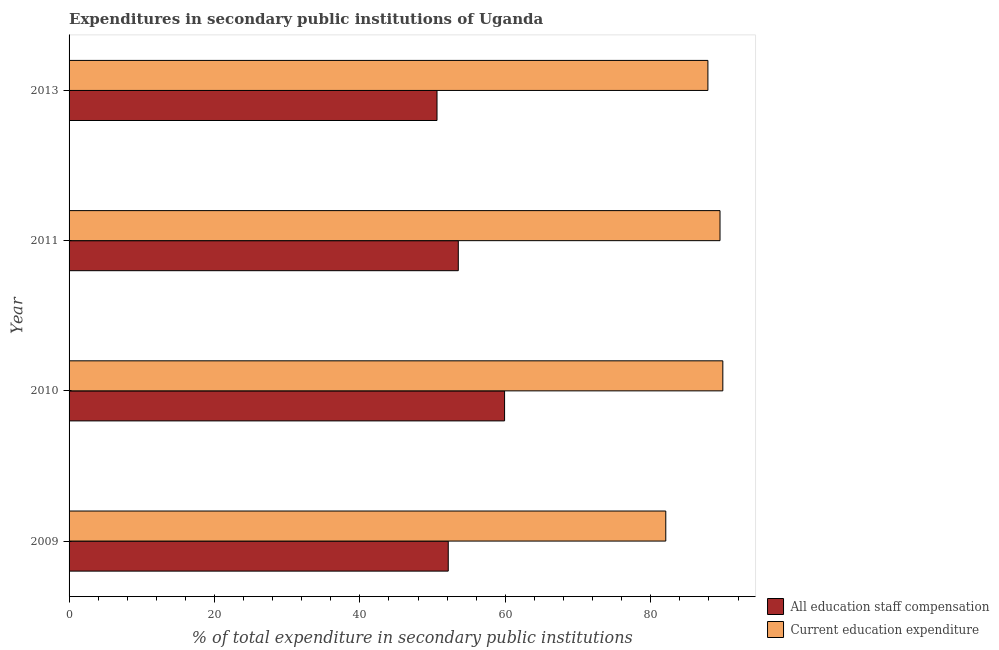
| Year | All education staff compensation | Current education expenditure |
 | --- | --- | --- |
 | 2009 | 52.2 | 82.1 |
 | 2010 | 59.9 | 89.9 |
 | 2011 | 53.5 | 89.5 |
 | 2013 | 50.6 | 87.9 |